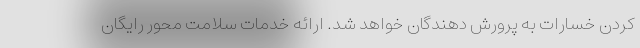
کردن خسارات به پرورش دهندگان خواهد شد. ارائه خدمات سلامت محور رایگان